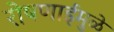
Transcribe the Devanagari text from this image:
रोषणाईमुळे